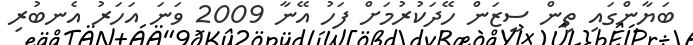
ބަޔާންގައި ތިން ސީޒަން ހޭދަކުރުމަށް ފަހު އޭނާ 2009 ވަނަ އަހަރު އެނބުރި